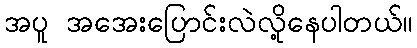
အပူ အအေးပြောင်းလဲလို့နေပါတယ်။